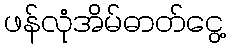
ဖန်လုံအိမ်ဓာတ်ငွေ့